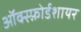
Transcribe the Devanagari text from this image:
ऑक्स्फ़ोर्डशायर